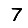
Digit: 7